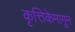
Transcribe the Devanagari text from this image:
कृत्तिकेमागून